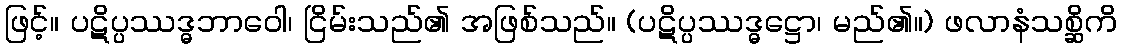
ဖြင့်။ ပဋိပ္ပဿဒ္ဓဘာဝေါ၊ ငြိမ်းသည်၏ အဖြစ်သည်။ (ပဋိပ္ပဿဒ္ဓဋ္ဌော၊ မည်၏။) ဖလာနံသစ္ဆိကိ